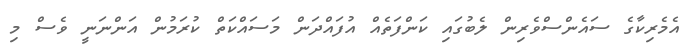
އެމެރިކާގެ ސައެންސްވެރިން ލެބުގައި ކަންފަތެއް އުފައްދަން މަސައްކަތް ކުރަމުން އަންނަނީ ވެސް މި